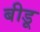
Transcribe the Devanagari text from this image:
बीडू